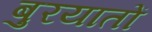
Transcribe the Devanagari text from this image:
बुरयातों